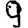
Digit: 9